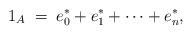
LaTeX: \begin{align*}1_A\;=\; e^\ast_0+e^\ast_1+\cdots+e^\ast_n,\end{align*}